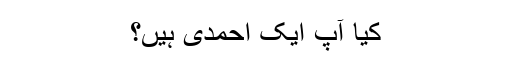
کیا آپ ایک احمدی ہیں؟